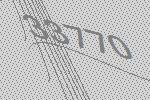
33770